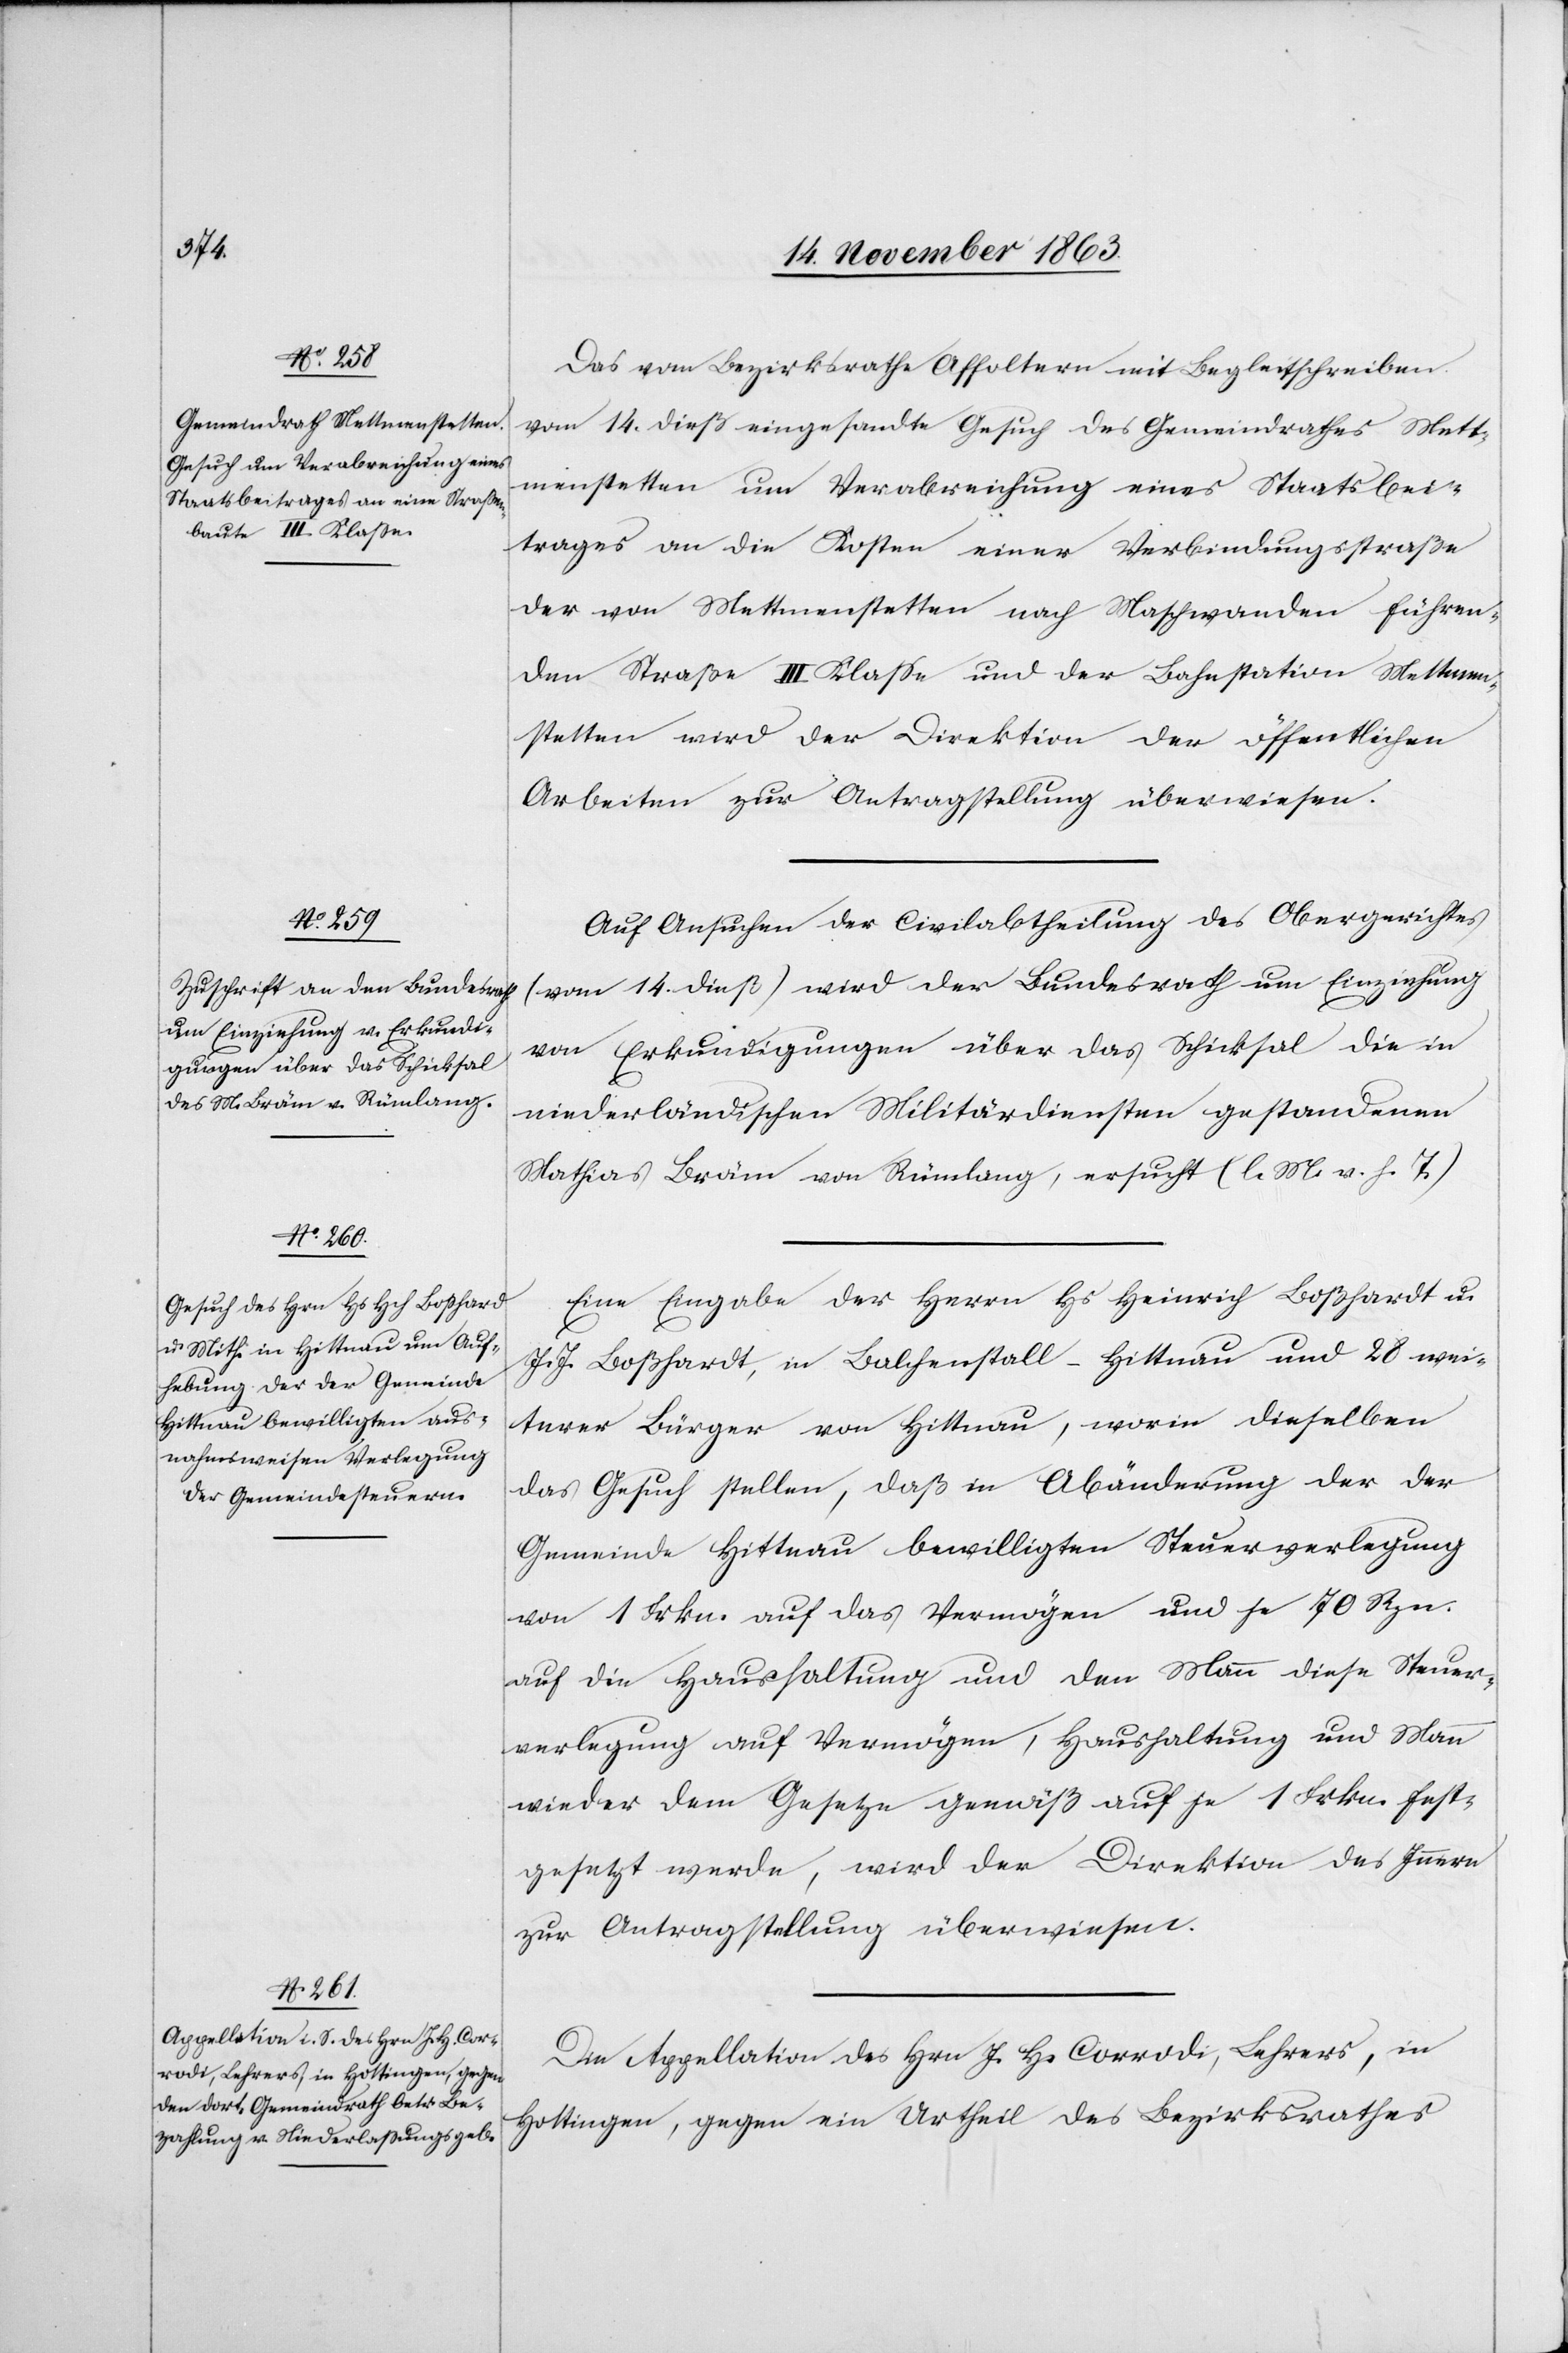
Actum den

16. Novemb. 1863.]
Das vom Bezirksrathe Affoltern mit Begleitschreiben
vom 14. dieß eingesandte Gesuch des Gemeindrathes Mett¬
menstetten um Verabreichung eines Staatsbei¬
trages an die Kosten einer Verbindungsstraße
der von Mettmenstetten nach Maschwanden führen¬
den Straße III Klasse und der Bahnstation Mettmen¬
stetten wird der Direktion der öffentlichen
Arbeiten zur Antragstellung überwiesen.
Auf Ansuchen der Civilabtheilung des Obergerichtes
(vom 14. dieß) wird der Bundesrath um Einziehung
von Erkundigungen über das Schicksal die
niederländischen Militärdiensten gestandenen
Mathias Bräm von Rümlang, ersucht (l. M. v. h. T.)
Eine Eingabe der Herrn Hs Heinrich Boßhardt
J. J. Boßhardt, in Balchenstall-Hittnau und 28 wei¬
terer Bürger von Hittnau, worin dieselben
das Gesuch stellen, daß in Abänderung der der
Gemeinde Hittnau bewilligten Steuerverlegung
von 1 Frkn. auf das Vermögen und je 70 Rpn.
auf die Haushaltung und den Mann diese Steuer¬
verlegung auf Vermögen, Haushaltung und Mann
wieder dem Gesetze gemäß auf je 1 Frkn. fest¬
gesetzt werde, wird der Direktion des Innern
zur Antragstellung überwiesen.
Die Appellation des Hrn J. H. Corrodi, Lehrers, in
Hottingen, gegen ein Urtheil des Bezirksrathes